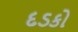
દડકો